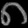
Digit: ၈